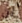
أن